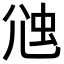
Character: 𧉇